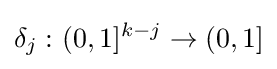
\delta _{j}\,\colon (0,1]^{k-j}\to (0,1]